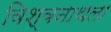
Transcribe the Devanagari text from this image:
विश्वनाथला